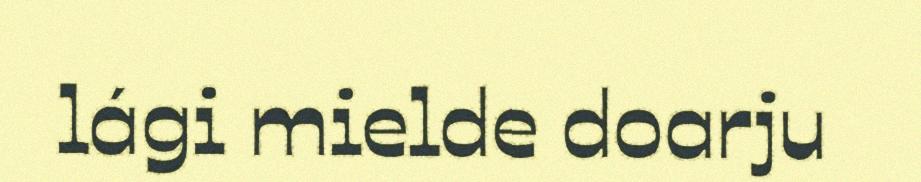
lági mielde doarju